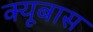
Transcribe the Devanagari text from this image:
क्यूबास